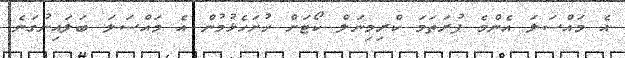
އެ މައްސަލަ އެންމެ ފުރަތަމަ ކްރިމިނަލް ކޯޓަށް ހުށަހެޅުމުން އެ މައްސަލަ ބަލައިނުގަނެ